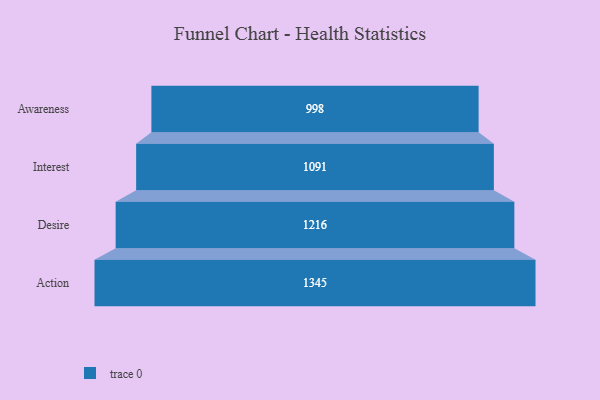
{"axis": {"x": "Stage", "y": "Value"}, "legend": [""], "data": [{"x": "Awareness", "y": 998.0, "type": ""}, {"x": "Interest", "y": 1091.0, "type": ""}, {"x": "Desire", "y": 1216.0, "type": ""}, {"x": "Action", "y": 1345.0, "type": ""}]}